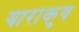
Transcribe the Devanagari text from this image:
याराकुय